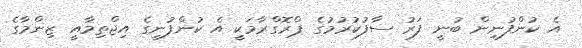
އެ ކުންފުނިން ބުނީ ފަރު ސާފުކުރުމުގެ ޕްރޮގްރާމަކީ އެ ކުންފުނީގެ އިޖްތިމާއީ ޒިންމާގެ